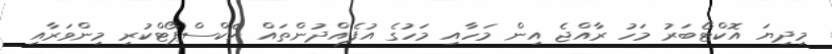
މިދިޔަ އޮކްޓޯބަރު މަހު ރާއްޖެ އިން މަހާއި މަހުގެ އުފެއްދުންތައް އެކްސްޕޯޓްކުރި މިންވަރާއި